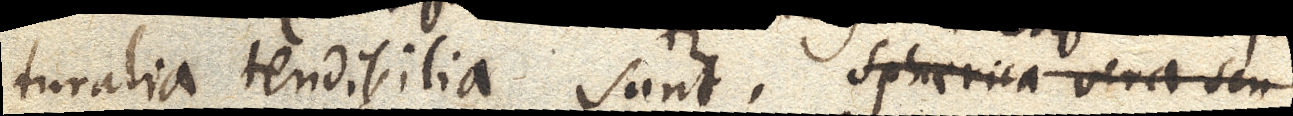
turalia tendibilia sunt. Spherica vera seu